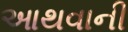
આથવાની